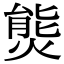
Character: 熋